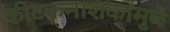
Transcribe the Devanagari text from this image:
कीटकनाशकांमुळे